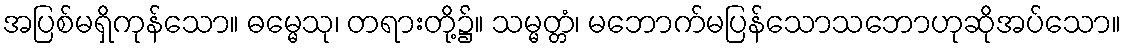
အပြစ်မရှိကုန်သော။ ဓမ္မေသု၊ တရားတို့၌။ သမ္မတ္တံ၊ မဘောက်မပြန်သောသဘောဟုဆိုအပ်သော။